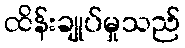
ထိန်းချုပ်မှုသည်